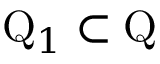
\mathrm { Q } _ { 1 } \subset \mathrm { Q }